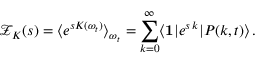
\mathcal { Z } _ { K } ( s ) = \langle e ^ { s K ( \omega _ { t } ) } \rangle _ { \omega _ { t } } = \sum _ { k = 0 } ^ { \infty } \langle \mathbf { 1 } | e ^ { s \, k } | P ( k , t ) \rangle \, .